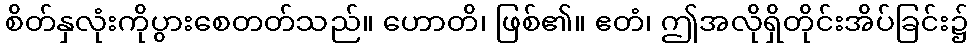
စိတ်နှလုံးကိုပွားစေတတ်သည်။ ဟောတိ၊ ဖြစ်၏။ ဧတံ၊ ဤအလိုရှိတိုင်းအိပ်ခြင်း၌